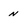
Character: n